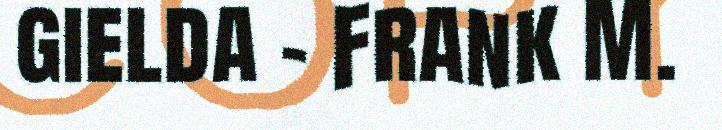
gielda - Frank M.